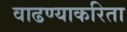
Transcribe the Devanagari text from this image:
वाढण्याकरिता